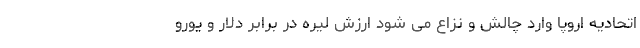
اتحادیه اروپا وارد چالش و نزاع می شود ارزش لیره در برابر دلار و یورو